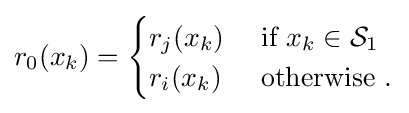
r_{0}(x_{k})={\begin{cases}r_{j}(x_{k})&{\text{ if }}x_{k}\in {\mathcal {S}}_{1}\\r_{i}(x_{k})&{\text{ otherwise }}.\end{cases}}